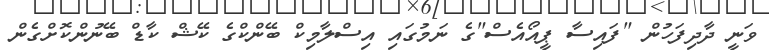
ވަނީ ދާދިފަހުން "ފައިސާ ޕީއޯއެސް"ގެ ނަމުގައި އިސްލާމިކް ބޭންކްގެ ކޭޝް ކާޑް ބޭނުންކޮށްގެން